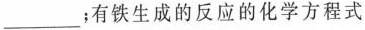
___；有铁生成的反应的化学方程式